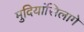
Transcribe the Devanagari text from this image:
मुदियांसिलागे